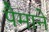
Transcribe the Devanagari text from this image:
पैेमाने